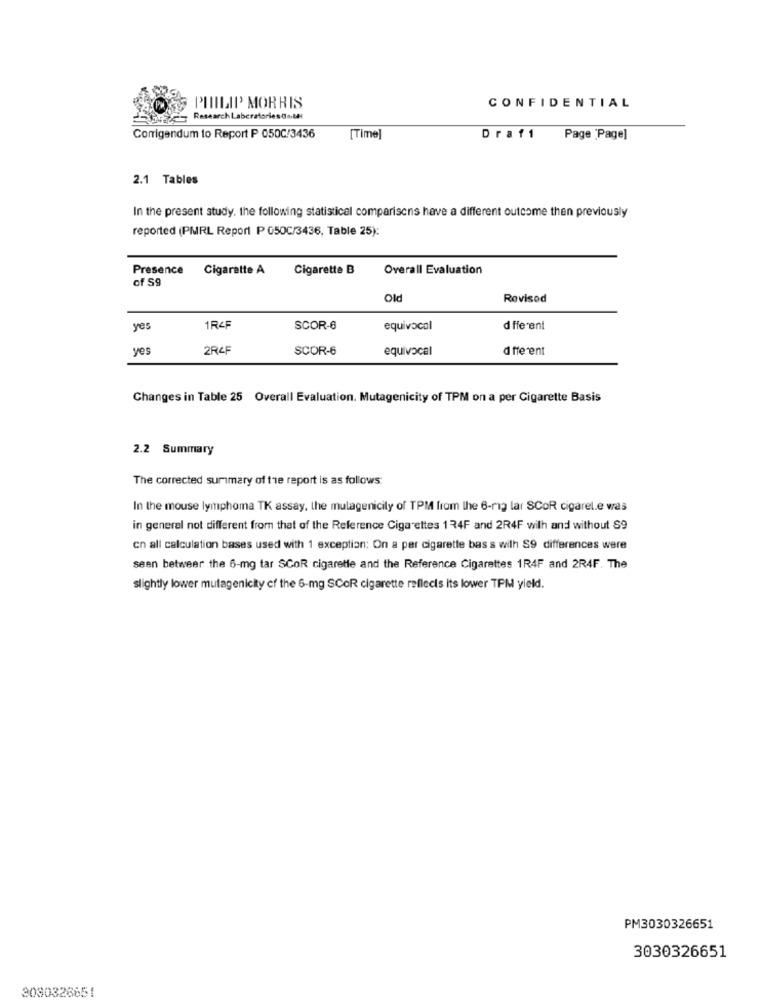
PHILIP MORRIS
CONFIDENTIAL
Jorge- Research LaboratoriesGn.tal
Corrigendum to Report P 050C/3436
[Time]
Draf1
Page 'Page]
2.1 Tables
In the present study. the following statistical comparisons have a different outcome then previously
reported (PMRL Report P G50C/3436, Table 25):
Presence
Cigarette A
Cigarette B
Overall Evaluation
of 59
Old
Revised
yes
1RAF
SCOR-6
equivocal
d fferent
yes
2R4F
SCOR-6
equivocal
d fferent
Changes in Table 25 Overall Evaluation. Mutagenicity of TPM on a per Cigarette Basis
2.2 Summary
The corrected summary of the report is as follows:
In the mouse lymphoma TK assay, the mulagenicity of TPM from the 6-mig lar SCOR cigaret.e was
in general not different from that of the Reference Cigarettes 134F and 2R4F with and without §9
cn all calculation bases used with 1 exception: On a per cigarette bass with S9 differences were
seen betweer the 6-mg tar SCOR cigarette and the Reference Cigarettes 1R4F and 2R4F. The
slightly lower mutagenicity of the 6-mg SCOR cigarette reflects its lower TPM yield.
PM3030326651
3030326651
3030326651